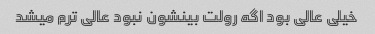
خیلی عالی بود اگه رولت بینشون نبود عالی ترم میشد